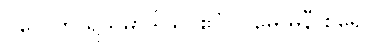
ပလေတိ ရသမာဒါယ၊ ဧဝံ ဂါမေ မုနီ စရေ။